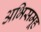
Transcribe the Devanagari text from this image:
अभिसमूह